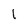
Character: 1